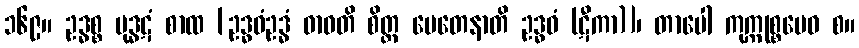
၁၆၉။ ဥဒ္ဓစ္စ မုဒ္ဓဋံ စာထ [ဥဒ္ဓဝံဥဒ္ဓံ ဓာဝတိ စိတ္တ မေတေနာတိ ဥဒ္ဓဝံ (ဋီကာ)]၊ တာပေါ ကုက္ကုစ္စမေဝ စ။